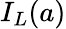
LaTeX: I_{L}(a)